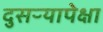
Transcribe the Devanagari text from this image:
दुसऱ्यापेक्षा